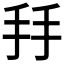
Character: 𢪒